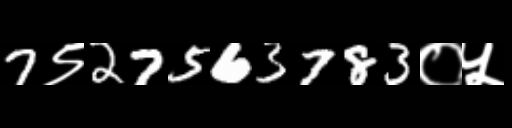
Text: 7९27563783०५